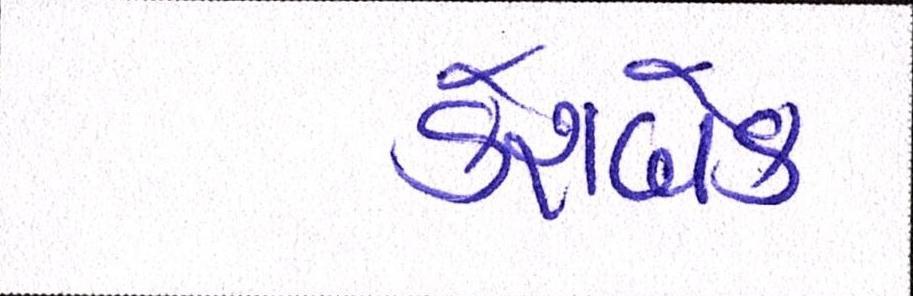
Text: કેશબેક